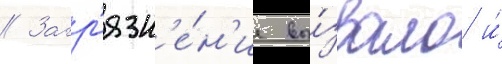
// Загр'язн'е́н'ие вы́звало и́